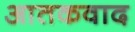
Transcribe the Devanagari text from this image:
आतकवाद